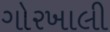
ગોરખાલી